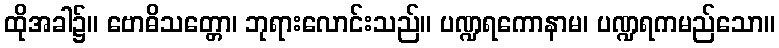
ထိုအခါ၌။ ဗောဓိသတ္တော၊ ဘုရားလောင်းသည်။ ပဏ္ဍရကောနာမ၊ ပဏ္ဍရကမည်သော။